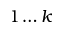
1 \dots k